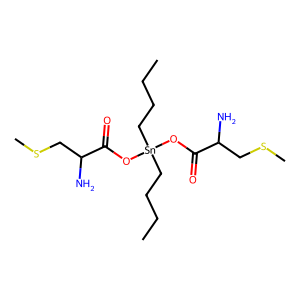
SMILES: CCCC[Sn](CCCC)(OC(=O)C(N)CSC)OC(=O)C(N)CSC
Inhibits HIV replication: No